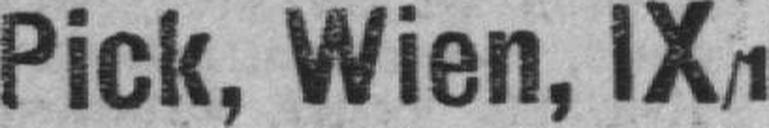
Pick, Wien, IX/1